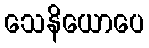
သေနိယောပေ